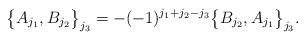
LaTeX: \begin{align*}\big\{ A_{j_1},B_{j_2} \big\}_{j_3} = - (-1)^{j_1+j_2-j_3} \big\{ B_{j_2},A_{j_1} \big\}_{j_3} .\end{align*}